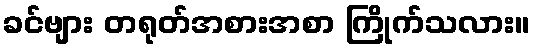
ခင်ဗျား တရုတ်အစားအစာ ကြိုက်သလား။